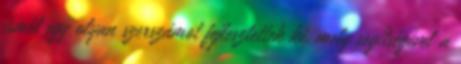
ismét egy olyan szerszámot fejlesztettek ki, mely segítségével a